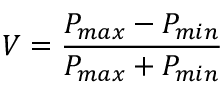
V = \frac { P _ { m a x } - P _ { m i n } } { P _ { m a x } + P _ { m i n } }